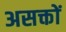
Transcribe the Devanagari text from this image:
असक्तों